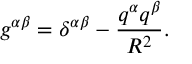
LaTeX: g ^ { \alpha \beta } = \delta ^ { \alpha \beta } - \frac { q ^ { \alpha } q ^ { \beta } } { R ^ { 2 } } .